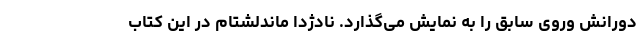
دورانش وروی سابق را به نمایش می‌گذارد. نادژدا ماندلشتام در این کتاب